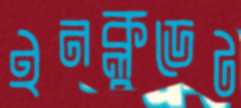
ইনক্লুডেট